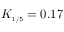
K _ { \scriptscriptstyle { 1 / 5 } } = 0 . 1 7